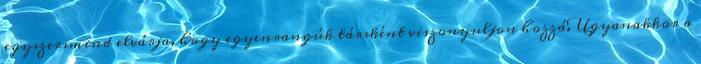
egyszersmind elvárja, hogy egyenrangúk társként viszonyuljon hozzá. Ugyanakkor a